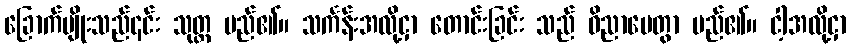
ခြောက်မျိုးသည်၎င်း သုတ္တ မည်၏။ သင်္ကန်းအလို့ငှာ တောင်းခြင်း သည် ဝိညာပေတွာ မည်၏။ ငါ့အလို့ငှာ